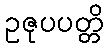
ဥဇုပပတ္တိ